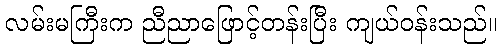
လမ်းမကြီးက ညီညာဖြောင့်တန်းပြီး ကျယ်ဝန်းသည်။